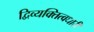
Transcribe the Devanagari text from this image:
द्विव्यक्तित्वधारी